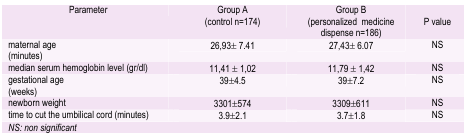
<table><thead><tr><td><b>Parameter</b></td><td><b>Group A(control n=174)</b></td><td><b>Group B(personalized medicine dispense n=186)</b></td><td><b>P value</b></td></tr></thead><tbody><tr><td><b>maternal age (minutes)</b></td><td><b>26,93± 7.41</b></td><td><b>27,43± 6.07</b></td><td><b>NS</b></td></tr><tr><td><b>median serum hemoglobin level (gr/dl)</b></td><td><b>11,41 ± 1,02</b></td><td><b>11,79 ± 1,42</b></td><td><b>NS</b></td></tr><tr><td><b>gestational age (weeks)</b></td><td><b>39±4.5</b></td><td><b>39±7.2</b></td><td><b>NS</b></td></tr><tr><td><b>newborn weight</b></td><td><b>3301±574</b></td><td><b>3309±611</b></td><td><b>NS</b></td></tr><tr><td><b>time to cut the umbilical cord (minutes)</b></td><td><b>3.9±2.1</b></td><td><b>3.7±1.8</b></td><td><b>NS</b></td></tr><tr><td><b>NS: non significant</b></td><td></td><td></td><td></td></tr></tbody></table>